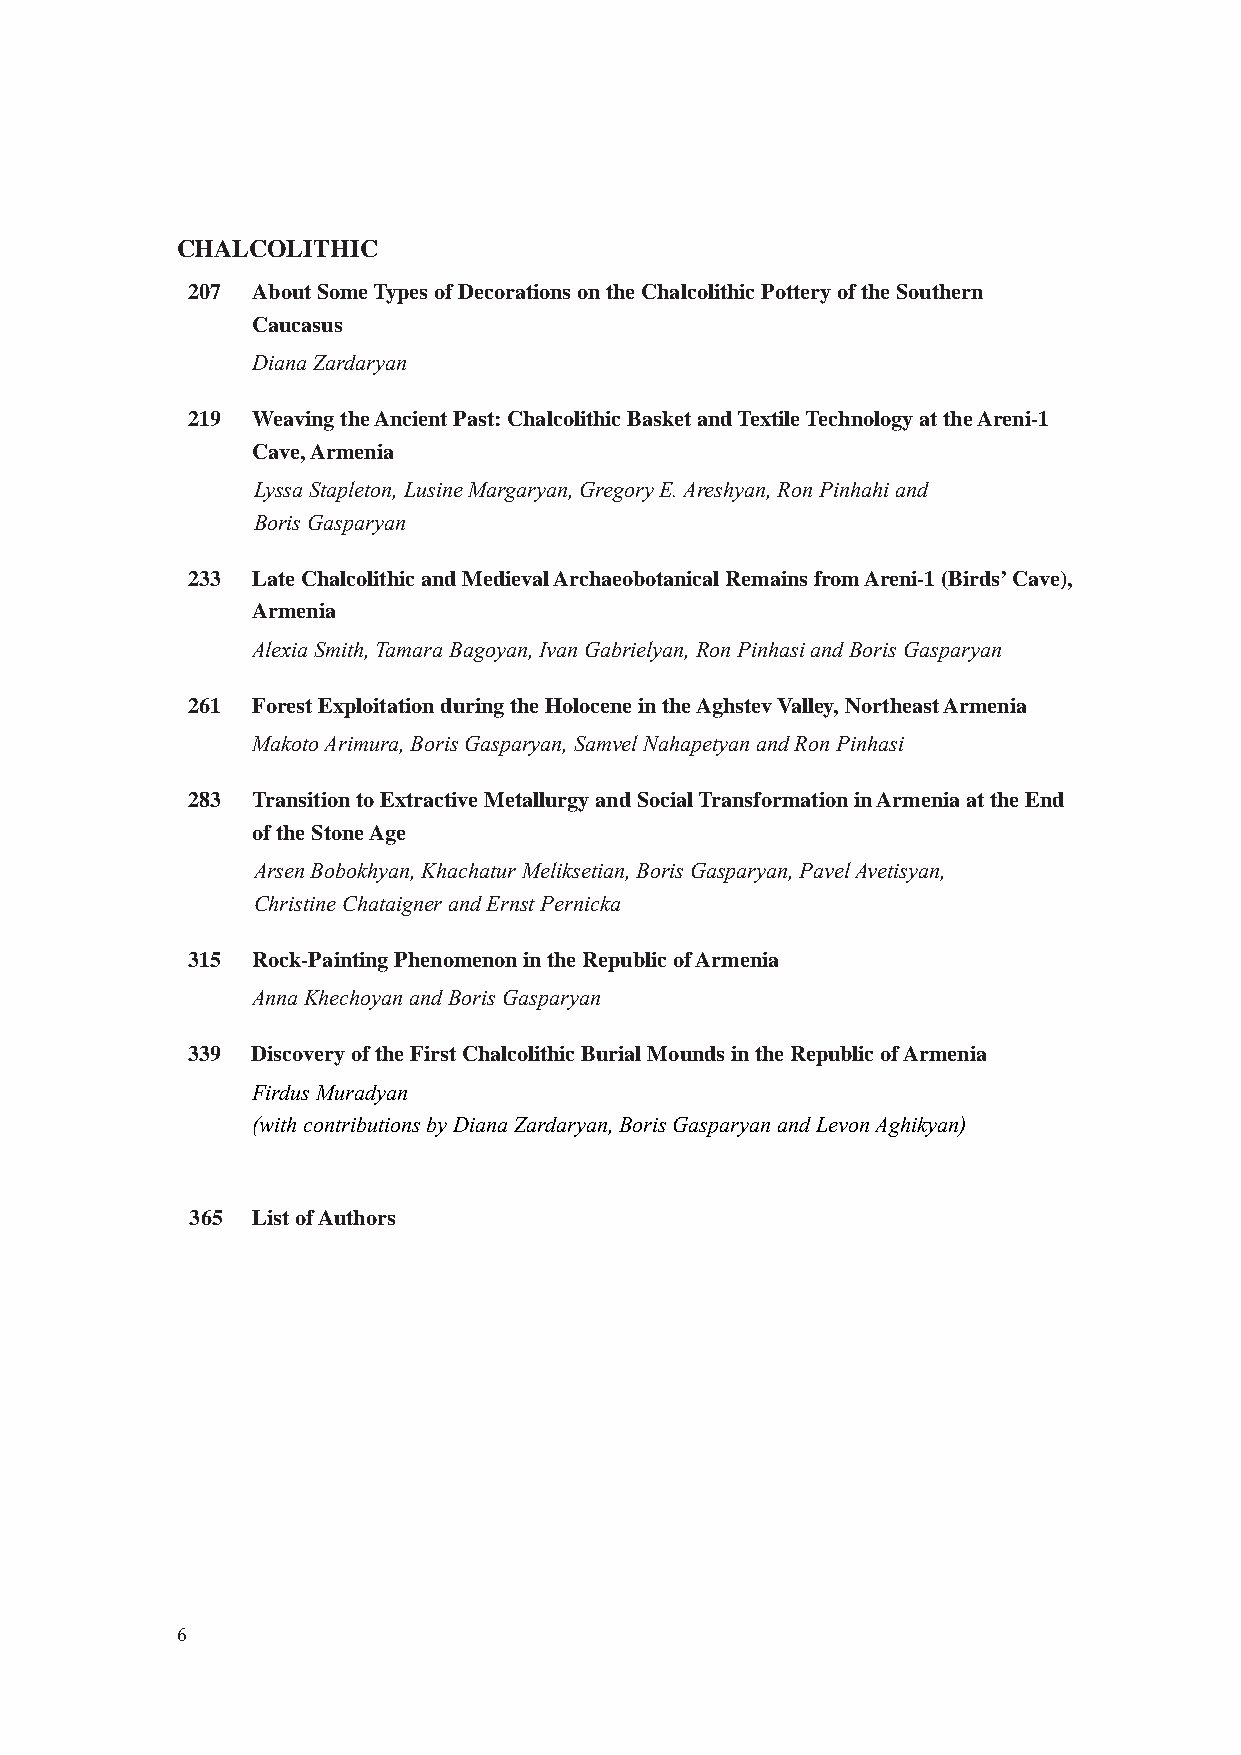
CHALCOLITHIC
 207  About Some Types of Decorations on the Chalcolithic Pottery of the Southern
 Caucasus
 Diana Zardaryan
 219  Weaving the Ancient Past: Chalcolithic Basket and Textile Technology at the Areni-1
 Cave, Armenia
 Lyssa Stapleton, Lusine Margaryan, Gregory E. Areshyan, Ron Pinhahi and
 Boris Gasparyan
 233  Late Chalcolithic and Medieval Archaeobotanical Remains from Areni-1 (Birds’ Cave),
 Armenia
 Alexia Smith, Tamara Bagoyan, Ivan Gabrielyan, Ron Pinhasi and Boris Gasparyan
 261  Forest Exploitation during the Holocene in the Aghstev Valley, Northeast Armenia
 Makoto Arimura, Boris Gasparyan, Samvel Nahapetyan and Ron Pinhasi
 283  Transition to Extractive Metallurgy and Social Transformation in Armenia at the End
 of the Stone Age
 Arsen Bobokhyan, Khachatur Meliksetian, Boris Gasparyan, Pavel Avetisyan,
 Christine Chataigner and Ernst Pernicka
 315  Rock-Painting Phenomenon in the Republic of Armenia
 Anna Khechoyan and Boris Gasparyan
 339  Discovery of the First Chalcolithic Burial Mounds in the Republic of Armenia
 Firdus Muradyan
 (with contributions by Diana Zardaryan, Boris Gasparyan and Levon Aghikyan)
 365 List of Authors
 6